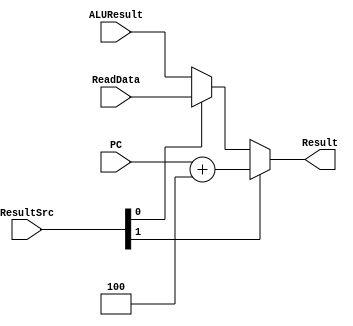
module mux3 #(parameter WIDTH = 8)
                     (input  [WIDTH-1:0] ALUResult, ReadData, PC,
                      input  [1:0]       ResultSrc,
                      output [WIDTH-1:0] Result);
     assign Result = ResultSrc[1] ? PC+4 : (ResultSrc[0] ? ReadData : ALUResult);
endmodule